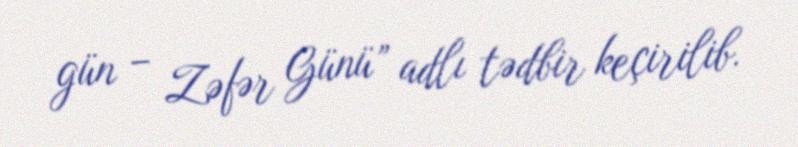
gün – Zəfər Günü” adlı tədbir keçirilib.